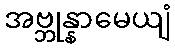
အဗ္ဘုန္နာမေယျံ